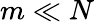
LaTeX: m\ll N